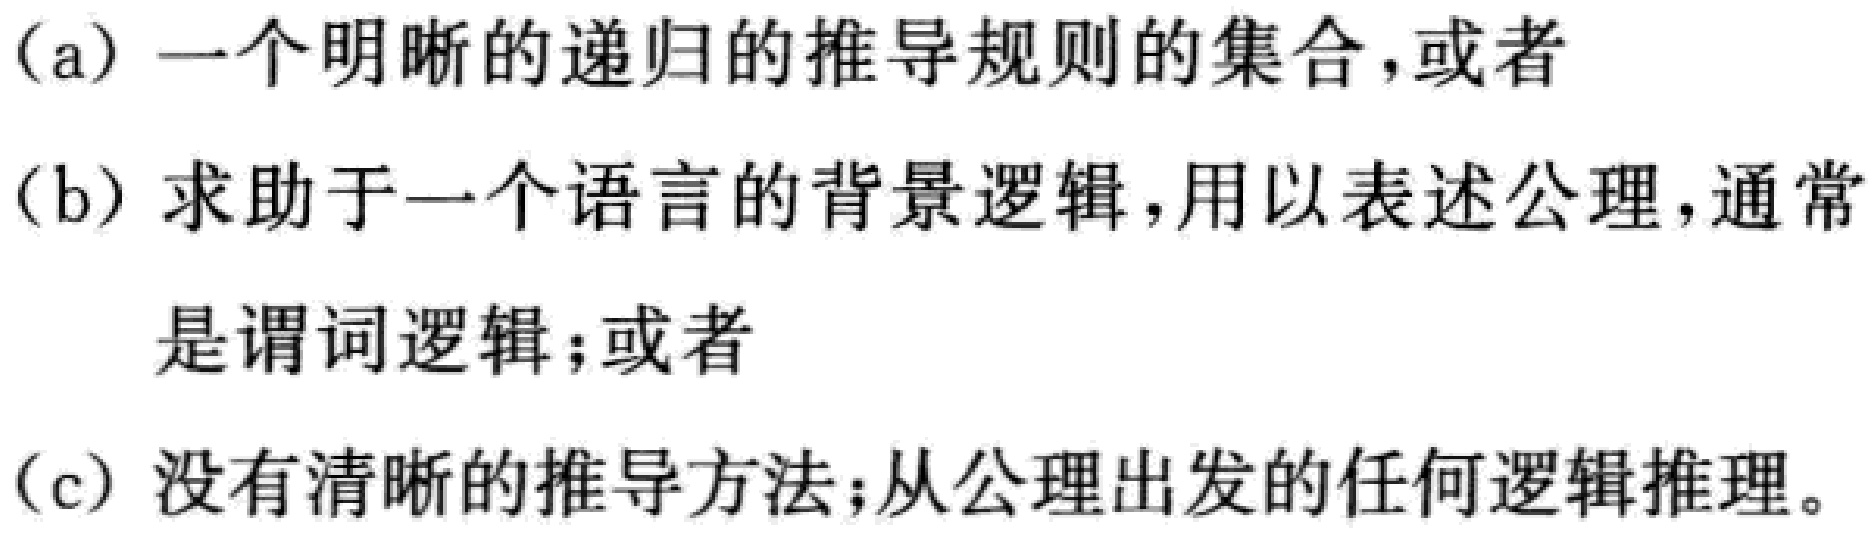
(a) 一个明晰的递归的推导规则的集合, 或者
(b) 求助于一个语言的背景逻辑, 用以表述公理, 通常
是谓词逻辑; 或者
(c) 没有清晰的推导方法; 从公理出发的任何逻辑推理。